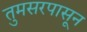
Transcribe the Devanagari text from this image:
तुमसरपासून